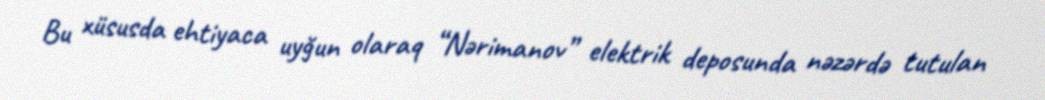
Bu xüsusda ehtiyaca uyğun olaraq “Nərimanov” elektrik deposunda nəzərdə tutulan